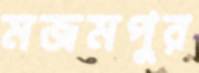
মজমপুর